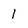
Character: 1